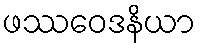
ဖဿဝေဒနိယာ